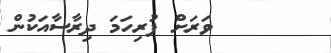
ވަރަށް ފުރިހަމަ ދިރާސާއަކުން